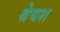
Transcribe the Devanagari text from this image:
श्रेयश